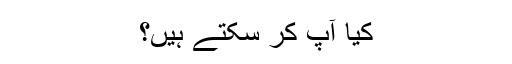
کیا آپ کر سکتے ہیں؟